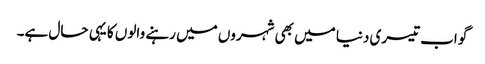
گو اب تیسری دنیا میں بھی شہروں میں رہنے والوں کا یہی حال ہے۔